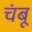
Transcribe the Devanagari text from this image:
चंबू